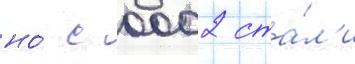
но́ с 0002 ста́л'и